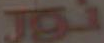
نور